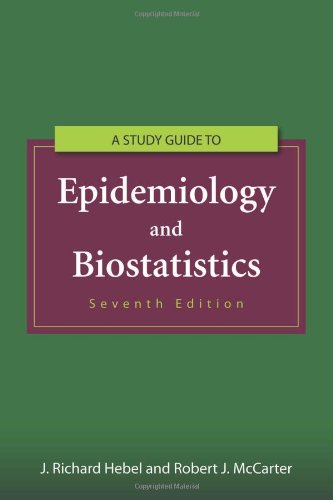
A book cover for Study Guide To Epidemiology And Biostatistics; J. Richard Hebel; Medical Books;